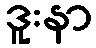
ဒူးနာ